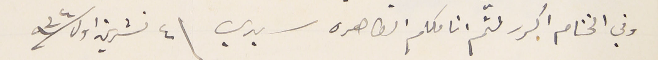
وفي الختام اكرر لثم اناملكم الطاهره سيدي \ ٤ تشرين اول سنة ٩٣٤